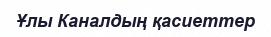
Ұлы Каналдың қасиеттер